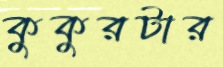
কুকুরটার